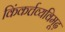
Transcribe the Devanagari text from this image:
किंकर्त्तव्यविमूढ़